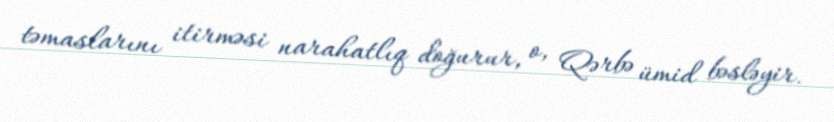
təmaslarını itirməsi narahatlıq doğurur, o, Qərbə ümid bəsləyir.